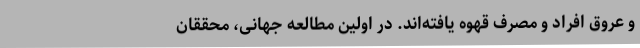
و عروق افراد و مصرف قهوه یافته‌اند. در اولین مطالعه جهانی، محققان